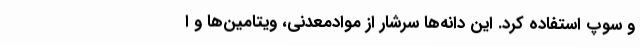
و سوپ استفاده کرد. این دانه‌ها سرشار از موادمعدنی، ویتامین‌ها و ا